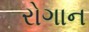
રોગાન